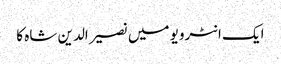
ایک انٹرویو میں نصیر الدین شاہ کا